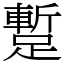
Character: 蹔